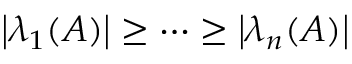
\left| \lambda _ { 1 } ( A ) \right| \geq \cdots \geq \left| \lambda _ { n } ( A ) \right|